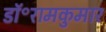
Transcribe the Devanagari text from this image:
डॉ॰रामकुमार